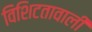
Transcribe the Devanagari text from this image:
विशिटतावाली